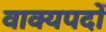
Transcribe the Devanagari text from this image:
वाक्यपदों